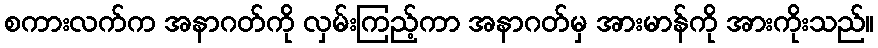
စကားလက်က အနာဂတ်ကို လှမ်းကြည့်ကာ အနာဂတ်မှ အားမာန်ကို အားကိုးသည်။